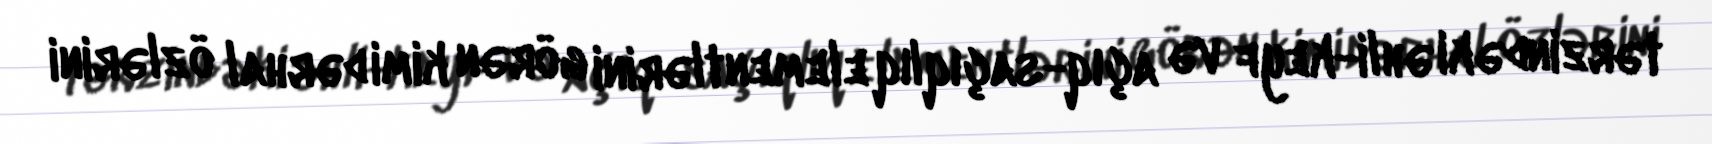
tərzindəki əhli-keyf və açıq-saçıqlıq elementlərini görən kimi dərhal özlərini